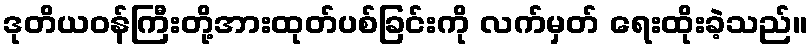
ဒုတိယဝန်ကြီးတို့အားထုတ်ပစ်ခြင်းကို လက်မှတ် ရေးထိုးခဲ့သည်။